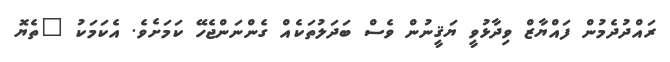
ރައްދުދެމުން ފައްޔާޒް ވިދާޅުވީ ޔަޤީނުންް ވެސް ބަދަލުތަކެއް ގެންނަންޖެހޭ ކަމަށެވެ. އެކަމަކު "ތެޔޮ